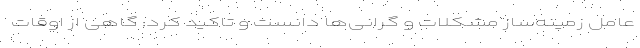
عامل زمینه‌ساز مشکلات و گرانی‌ها دانست و تاکید کرد: گاهی از اوقات